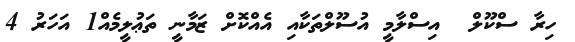
ހިރާ ސްކޫލް  އިސްލާމީ އުސޫލްތަކާއި އެއްކޮށް ޒަމާނީ ތަޢުލީމެއް1 އަހަރު 4